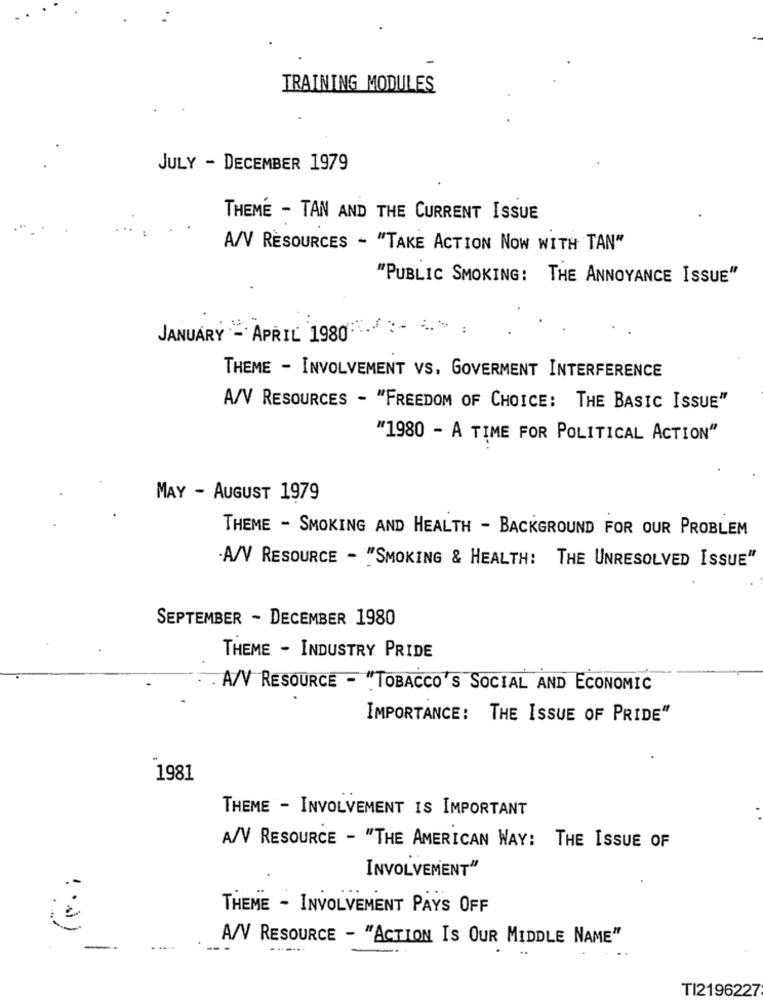
TRAINING MODULES
JULY - DECEMBER 1979
THEME - TAN AND THE CURRENT ISSUE
A/V RESOURCES - "TAKE ACTION NOW WITH TAN"
"PUBLIC SMOKING: THE ANNOYANCE ISSUE"
JANUARY - APRIL 1980
THEME - INVOLVEMENT VS. GOVERMENT INTERFERENCE
A/V RESOURCES - "FREEDOM OF CHOICE: THE BASIC ISSUE"
"1980 - A TIME FOR POLITICAL ACTION"
MAY - AUGUST 1979
THEME - SMOKING AND HEALTH - BACKGROUND FOR OUR PROBLEM
A/V RESOURCE - "SMOKING & HEALTH: THE UNRESOLVED ISSUE"
SEPTEMBER - DECEMBER 1980
THEME - INDUSTRY PRIDE
A/V RESOURCE - "TOBACCO'S SOCIAL AND ECONOMIC
IMPORTANCE: THE ISSUE OF PRIDE"
1981
THEME - INVOLVEMENT IS IMPORTANT
A/V RESOURCE - "THE AMERICAN WAY: THE ISSUE OF
INVOLVEMENT"
THEME - INVOLVEMENT PAYS OFF
... )
A/V RESOURCE - "ACTION IS OUR MIDDLE NAME"
-
TI2196227